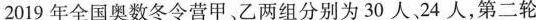
2019年全国奥数冬令营甲、乙两组分别为30人24人，第二轮